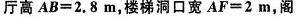
厅高$$A B = 2 . 8 m$$，楼梯洞口宽$$A F = 2 m$$，阁